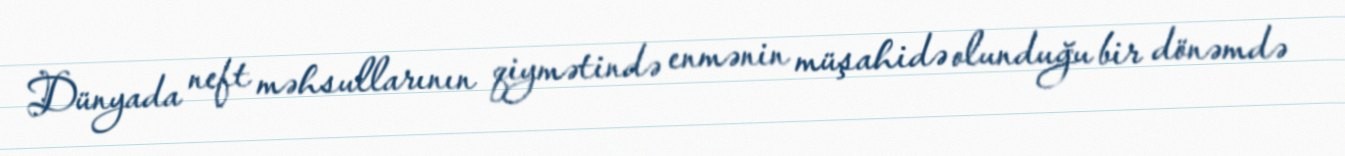
Dünyada neft məhsullarının qiymətində enmənin müşahidə olunduğu bir dönəmdə